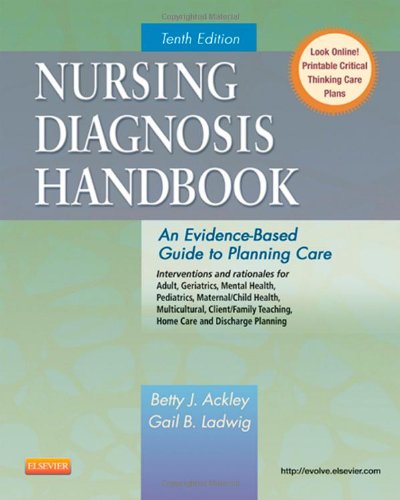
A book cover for Nursing Diagnosis Handbook: An Evidence-Based Guide to Planning Care, 10e; Betty J. Ackley MSN  EdS  RN; Medical Books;